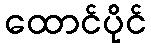
ထောင်ပိုင်